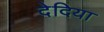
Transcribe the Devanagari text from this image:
देदिया